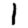
Digit: 1